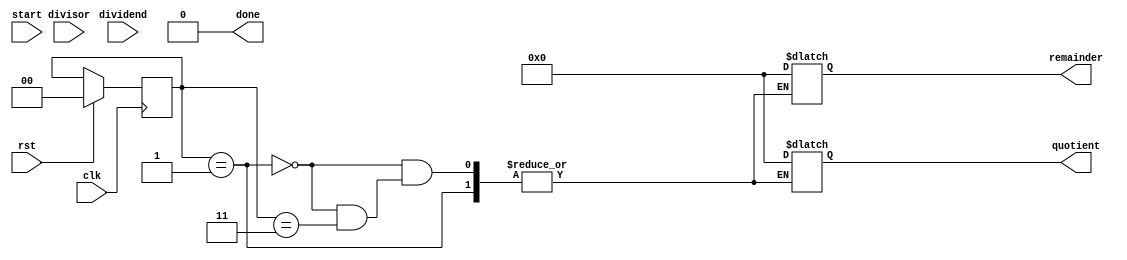
// =============================================================================
// Affiliation: Hong Kong University of Science and Technology
// -----------------------------------------------------------------------------
//
// This file implements an N-bit divider using the iterative algorithm.
// The divider accepts 2 unsigned operands: dividend and divisor and generates
// 2 results: quotient and remainder. The relation of input operands with output
// results can be expressed as follows:
//
//                dividend = quotient * divisor + remainder
//
// where the remainder is smaller than the divisor.
// =============================================================================

module divider #(parameter N = 32) (
  input wire                  clk,          // system clock
  input wire                  rst,          // system reset (active high)

  input wire                  start,        // flag for starting division
  input wire  [N-1:0]         dividend,     // operand 1: dividend
  input wire  [N-1:0]         divisor,      // operand 2: divisor

  output wire                 done,         // flag for finishing division
  output reg  [N-1:0]         quotient,     // result 1: quotient
  output reg  [N-1:0]         remainder     // result 2: remainder
);

// ----------------------------------------------------
// Part I: state encoding
// There exists 4 different states in divider
// - STATE_IDLE: initial state of divider is idle
// - STATE_DIV_BY_ZERO: error state when divisor is 0
// - STATE_DIV_ON: calculating state of divider
// - STATE_DIV_DONE: finish state of divider
// ----------------------------------------------------
localparam  STATE_IDLE        = 2'b00,
            STATE_DIV_BY_ZERO = 2'b01,
            STATE_DIV_ON      = 2'b10,
            STATE_DIV_DONE    = 2'b11;

// ----------------------------------------------------
// Internal variables
// ----------------------------------------------------
reg [1:0] state_reg, state_next;            // state register of the divider
reg [N-1:0] divisor_reg, divisor_next;      // divisor register
reg [2*N:0] remainder_reg, remainder_next;  // remainder register
reg [clog2(N):0] cnt_reg, cnt_next;         // counter register during division
wire [N:0] alu_result;                      // N+1 bits ALU

// ----------------------------------------------------
// Part II: sequential logic (synchronous DFF)
// Assign the value of DFFs including
// - control state register
// - divisor register
// - remainder register
// - counter register
// ----------------------------------------------------
always @(posedge clk) begin
  if (rst) begin
    state_reg     <= STATE_IDLE;
    divisor_reg   <= 0;
    remainder_reg <= 0;
    cnt_reg       <= 0;
  end else begin
    state_reg     <= state_next;
    divisor_reg   <= divisor_next;
    remainder_reg <= remainder_next;
    cnt_reg       <= cnt_next;
  end
end

// ----------------------------------------------------
// Part III: ALU result
// The ALU simply compares the relation between
// remainder register and divisor register (subtract)
// ----------------------------------------------------
// TODO: place your code here
assign alu_result = 0;

// ----------------------------------------------------
// Part III: next state logic (combinational logic)
// ----------------------------------------------------
always @(*) begin
  // default value for the outputs
  state_next      = state_reg;
  divisor_next    = divisor_reg;
  remainder_next  = remainder_reg;
  cnt_next        = cnt_reg;
  case(state_reg)
    STATE_IDLE: begin
      if (start) begin
        if (divisor == 0) begin
          // next state transfers to STATE_DIV_BY_ZERO
          // TODO: place your code here

        end else begin
          // next state transfers to STATE_DIV_ON
          // store the divisor to the register
          // store the dividend to the register
          // reset the counter during STATE_DIV_ON
          // TODO: place your code here
          
        end
      end
    end

    STATE_DIV_BY_ZERO: begin
      // next state transfers to STATE_IDLE
      // TODO: place your code here
      
    end

    STATE_DIV_ON: begin
      // counter to track the division progress: increment each cycle
      // TODO: place your code here
       
      // next state transfers to STATE_DIV_DONE after N iterations
      // TODO: place your code here


      // remainder register next value
      // - alu_result < 0: shift 1'b0 into remainder register
      // - alu_result >= 0: update MSB of remainder register with alu_result
      //   and shift 1'b1 into remainder register
      // TODO: place your code here

    end

    STATE_DIV_DONE: begin
      // next state transfers to STATE_IDLE
      // TODO: place your code here
      
    end
  endcase
end

// ----------------------------------------------------
// Part IV: output logic assignment (combinatinoal
// logic)
// ----------------------------------------------------
// assert done when divided by 0 or the division is done
// TODO: place your code here
assign done = 0;
// assign the quotient and remainder from the internal remainder register
always @(*) begin
  if (state_reg == STATE_DIV_BY_ZERO) begin
    // outputs quotient and remainder as 0s when divided by 0
    // register
    // TODO: place your code here

  end else if (state_reg == STATE_DIV_DONE) begin
    // outputs calculated quotient and remainder from the internal remainder
    // register
    // TODO: place your code here
    
  end else begin
    // outputs quotient and remainder as 0s as default
    quotient  = 0;
    remainder = 0;
  end
end

// ----------------------------------------------------
// Useful function: clog2
// Return the ceil of log2(x)
// ----------------------------------------------------
function integer clog2(input integer x);
  integer i;
  begin
    clog2 = 0;
    for (i = x - 1; i > 0; i = i >> 1) begin
      clog2 = clog2 + 1;
    end
  end
endfunction

endmodule